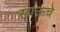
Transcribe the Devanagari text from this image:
खाऊचे